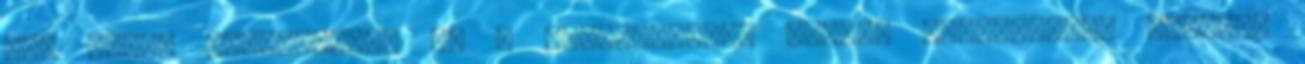
egy ennél jelentősebb és a végeredményt jobban befolyásoló tényről